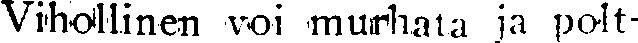
Vihollinen voi murhata ja polt-